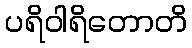
ပရိဝါရိတောတိ